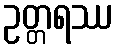
ဥတ္တရဿ